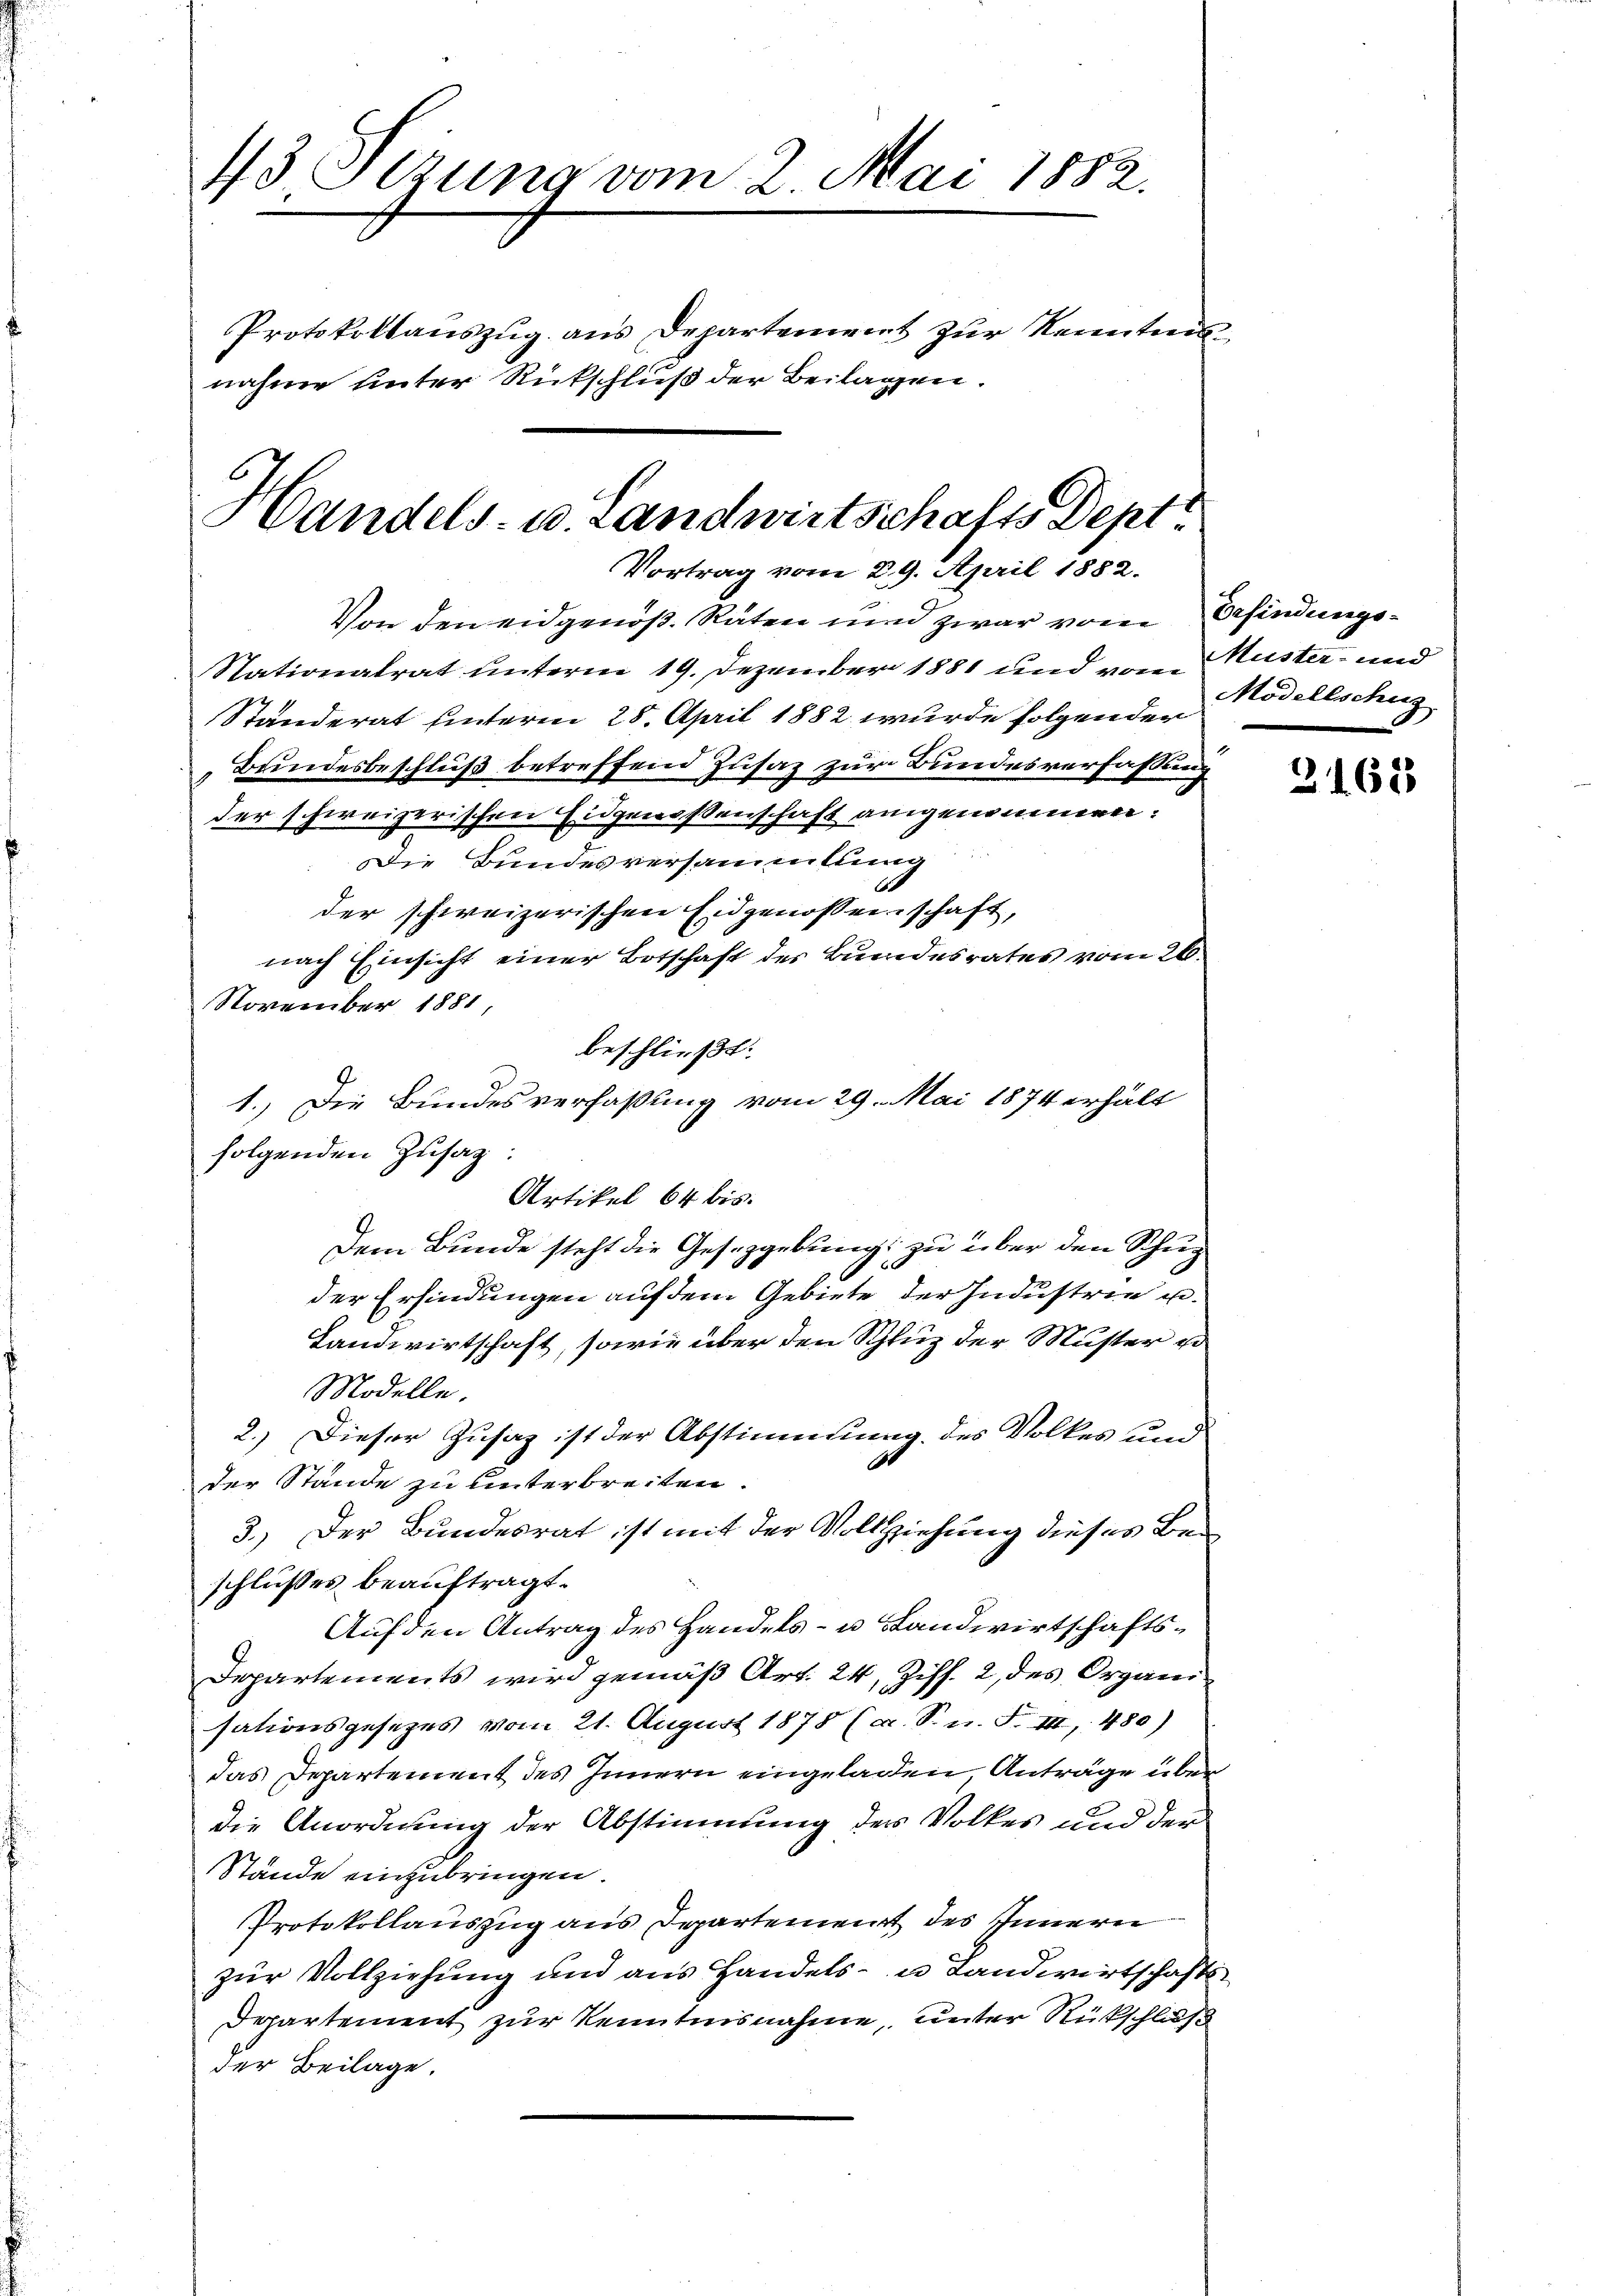
43 Setzung vom 2. Mai 1882.
Protokollauszug aus Departement zur Kenntnisnahme unter Rückschluß der Beilagen.

Handels- u. Landwirtschafts Dept:
Vortrag vom 29. April 1882.

Von den eidgenoß. Räten und zwar vom Erfindungs¬
Stationalrat unterm 19. Dezember 1881 und von Muster- und
Ständerat hinteren 28. April 1882 wurde folgender
Brindesbeschluß betreffend Zusaz zur Bundesverfassung
der schweizerischen Eidgenossenschaft angenommen.
.Die Bundesversammlung
der schweizerischen Eidgenossenschaft,
nach Einsicht einer Botschaft des Bundesrates vom 26.
beschließt:
1.) Die Bundesverfaßung vom 29. Mai 1874 erhält
Artikel 64 bis.
Dem Bunde steht die Gesetzgebung zu über den Schup
x
der Erfindungen auf dem Gebiete der Industrie un¬
Landwirtschaft, sowie über den Schluz der Muster u
Modelle.
2.) Dieser Zusatz ist der Abstimmung des Volkes und
E
der Stande zu unterbreiten.
3.) Der Bundesrat ist mit der Vollziehung dieses Beschlußes beauftragt.
Auf den Antrag des Handels- u. Landwirtschafts¬
Departements wird gemäß Art. 24, Ziff. 2, des Organisationsgesetzes vom 21. August 1878 (a. S. n. F. III 480)
das Departement des Innern eingeladen, Anträge über
die Anordnung der Abstimmung der Volkes und der
Stände einzubringen.
Protokollauszug aus Departement des Innern
zur Vollziehung und aus Handels- u Landwirtschafts¬
Departement zur Kenntnisnahme, unter Rückschluß
der Beilage.

November 1881

folgenden Zusag

Modellschus

3163